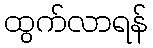
ထွက်လာရန်